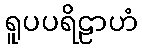
ရူပပရိဠာဟံ